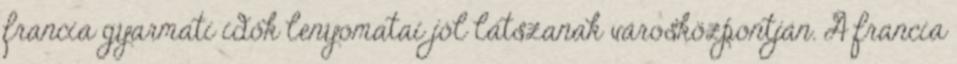
francia gyarmati idők lenyomatai jól látszanak városközpontján. A francia